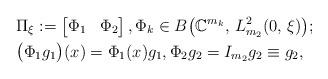
LaTeX: \begin{align*}& \Pi_{\xi}:= \begin{bmatrix}\Phi_1 & \Phi_2\end{bmatrix}, \Phi_k \in B\big(\mathbb{C}^{m_k}, \, L^2_{m_2}(0, \, \xi)\big);\\& \big(\Phi_1 g_1\big)(x)=\Phi_1(x)g_1, \Phi_2 g_2=I_{m_2}g_2\equiv g_2,\end{align*}